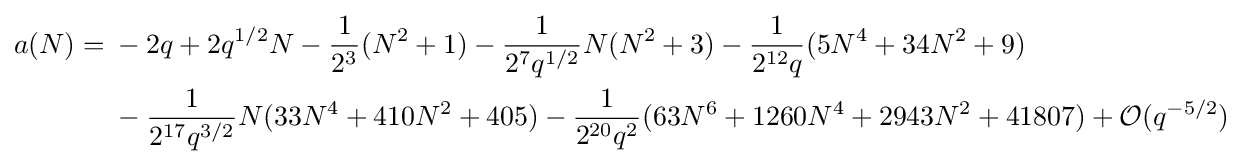
{\begin{aligned}a(N)={}&-2q+2q^{1/2}N-{\frac {1}{2^{3}}}(N^{2}+1)-{\frac {1}{2^{7}q^{1/2}}}N(N^{2}+3)-{\frac {1}{2^{12}q}}(5N^{4}+34N^{2}+9)\\&-{\frac {1}{2^{17}q^{3/2}}}N(33N^{4}+410N^{2}+405)-{\frac {1}{2^{20}q^{2}}}(63N^{6}+1260N^{4}+2943N^{2}+41807)+{\mathcal {O}}(q^{-5/2})\end{aligned}}